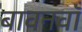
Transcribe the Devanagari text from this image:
बावनवाँ